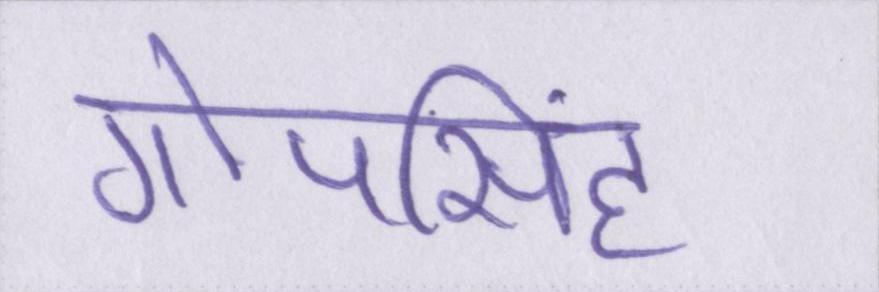
गोपसिंह